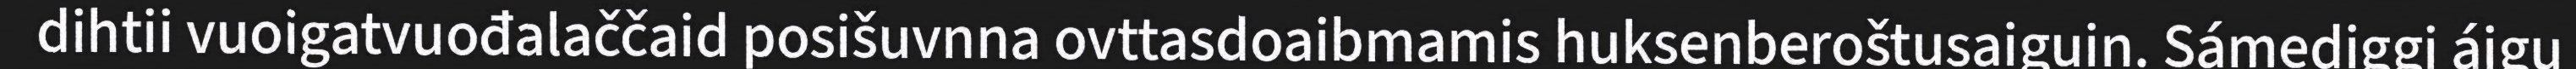
dihtii vuoigatvuođalaččaid posišuvnna ovttasdoaibmamis huksenberoštusaiguin. Sámediggi áigu